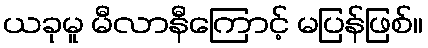
ယခုမူ မီလာနီကြောင့် မပြန်ဖြစ်။